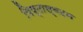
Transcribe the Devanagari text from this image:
पिष्टास्वदन